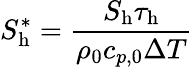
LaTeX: S_{\mathrm{h}}^{*}=\frac{S_{\mathrm{{h}}}\tau_{\mathrm{h}}}{\rho_{0}c_{p,0}\Delta T}